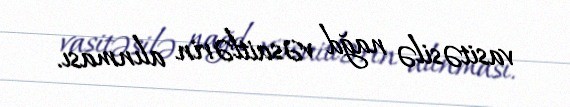
vasitəsilə nağd vəsaitlərin alınması.